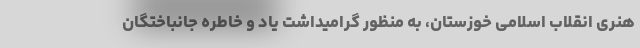
هنری انقلاب اسلامی خوزستان، به منظور گرامیداشت یاد و خاطره جانباختگان